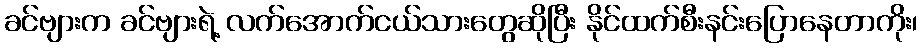
ခင်ဗျားက ခင်ဗျားရဲ့ လက်အောက်ငယ်သားတွေဆိုပြီး နိုင်ထက်စီးနင်းပြောနေတာကိုး၊